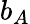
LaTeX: b_{A}